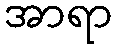
အာရာ